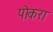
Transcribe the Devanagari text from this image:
पोकरा